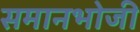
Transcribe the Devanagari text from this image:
समानभोजी